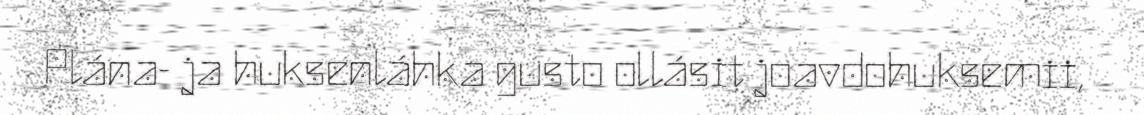
Plána- ja huksenláhka gusto ollásit joavdohuksemii,